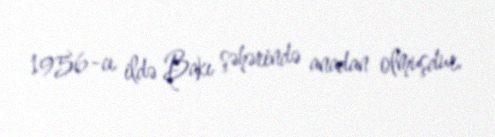
1956-cı ildə Bakı şəhərində anadan olmuşdur.